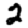
Digit: 2